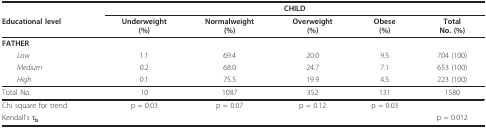
|  | <COLSPAN=5> CHILD |
 | Educational level | Underweight(%) | Normalweight(%) | Overweight(%) | Obese(%) | TotalNo. (%) |
 | --- | --- | --- | --- | --- | --- |
 | FATHER |  |  |  |  |  |
 | Low | 1.1 | 69.4 | 20.0 | 9.5 | 704 (100) |
 | Medium | 0.2 | 68.0 | 24.7 | 7.1 | 653 (100) |
 | High | 0.1 | 75.5 | 19.9 | 4.5 | 223 (100) |
 | Total No. | 10 | 1087 | 352 | 131 | 1580 |
 | Chi square for trend | p = 0.03 | p = 0.07 | p = 0.12 | p = 0.03 |  |
 | Kendall's τb |  |  |  |  | p = 0.012 |